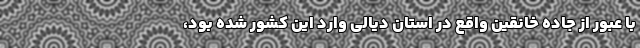
با عبور از جاده خانقین واقع در استان دیالی وارد این کشور شده بود،